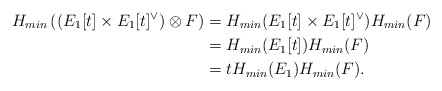
\begin{align*}H_{min}\left( (E_1[t]\times E_1[t]^{\vee}) \otimes F\right)&=H_{min}(E_1[t]\times E_1[t]^{\vee})H_{min}(F)\\&=H_{min}(E_1[t])H_{min}(F)\\&=t H_{min}(E_1)H_{min}(F).\end{align*}